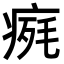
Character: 𤷋